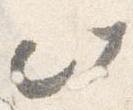
此